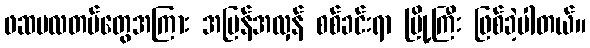
ဖဆပလတပ်တွေအကြား အပြန်အလှန် စစ်ခင်းရာ မြို့ကြီး ဖြစ်ခဲ့ပါတယ်။